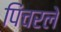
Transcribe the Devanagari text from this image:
पिंचरले